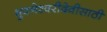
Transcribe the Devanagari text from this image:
भुवनेश्वरीदेवीसाठी